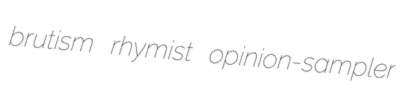
brutism rhymist opinion-sampler